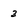
Character: 3